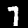
Digit: 7